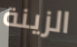
الزينة